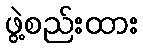
ဖွဲ့စည်းထား